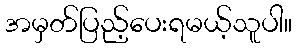
အမှတ်ပြည့်ပေးရမယ့်သူပါ။